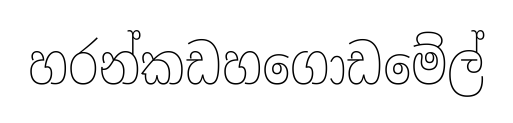
හරන්කඩහගොඩමේල්